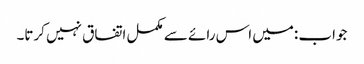
جواب :میں اس رائے سے مکمل اتفاق نہیں کرتا۔